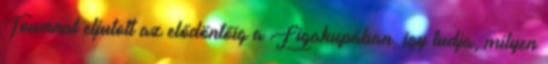
Townnal eljutott az elődöntőig a Ligakupában, így tudja, milyen